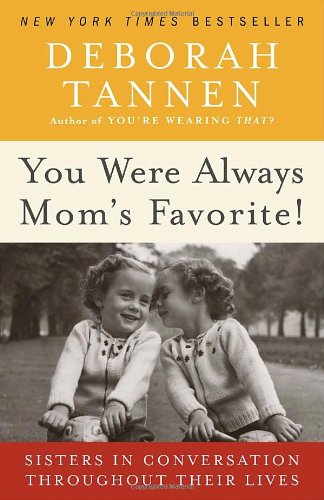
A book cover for You Were Always Mom's Favorite!: Sisters in Conversation Throughout Their Lives; Deborah Tannen; Parenting & Relationships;